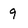
Character: 9